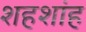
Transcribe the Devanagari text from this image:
शहशांह